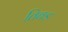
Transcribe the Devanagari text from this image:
तिबड